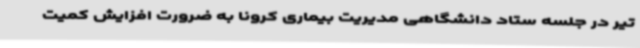
تیر در جلسه ستاد دانشگاهی مدیریت بیماری کرونا به ضرورت افزایش کمیت